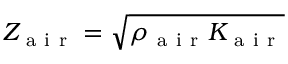
Z _ { \mathrm { ~ a ~ i ~ r ~ } } = \sqrt { \rho _ { \mathrm { ~ a ~ i ~ r ~ } } K _ { \mathrm { ~ a ~ i ~ r ~ } } }